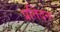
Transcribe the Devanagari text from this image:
प्रतिदन